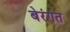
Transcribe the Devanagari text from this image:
बेरंगत